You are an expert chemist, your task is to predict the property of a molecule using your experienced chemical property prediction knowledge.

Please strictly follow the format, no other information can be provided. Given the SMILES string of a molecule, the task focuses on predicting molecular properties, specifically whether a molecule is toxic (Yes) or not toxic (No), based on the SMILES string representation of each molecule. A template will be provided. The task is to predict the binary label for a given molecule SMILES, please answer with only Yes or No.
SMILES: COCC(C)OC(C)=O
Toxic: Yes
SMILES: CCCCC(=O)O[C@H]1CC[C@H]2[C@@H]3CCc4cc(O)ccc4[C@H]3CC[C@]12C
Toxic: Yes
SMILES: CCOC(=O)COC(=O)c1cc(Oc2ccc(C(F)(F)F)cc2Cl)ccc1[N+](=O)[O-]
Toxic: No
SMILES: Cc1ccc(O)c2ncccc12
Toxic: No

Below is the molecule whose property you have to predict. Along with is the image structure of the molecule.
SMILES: Nc1nccs1
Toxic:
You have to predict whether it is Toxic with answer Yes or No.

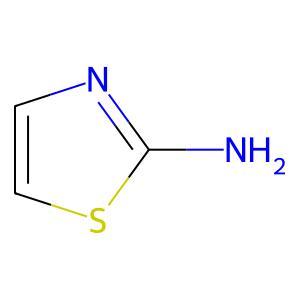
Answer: No